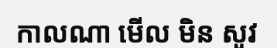
កាលណា មើល មិន សូវ